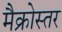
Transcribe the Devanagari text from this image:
मैक्रोस्तर